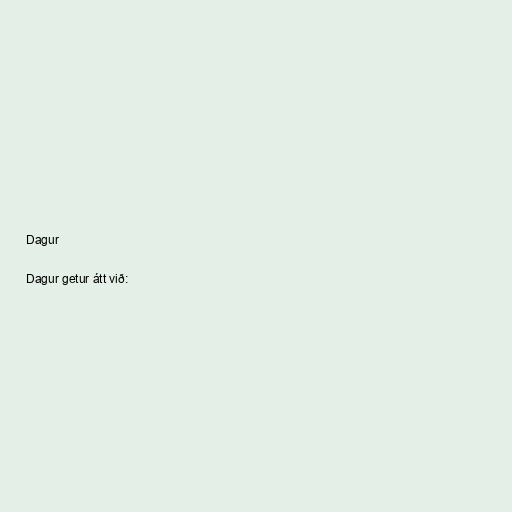
Dagur

Dagur getur átt við: